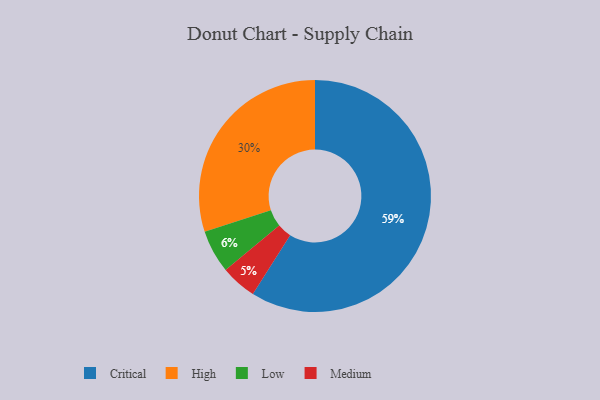
{"axis": {"x": "Category", "y": "Percentage"}, "legend": ["Critical", "High", "Low", "Medium"], "data": [{"x": "Medium", "y": 5, "type": "Medium"}, {"x": "Critical", "y": 59, "type": "Critical"}, {"x": "High", "y": 30, "type": "High"}, {"x": "Low", "y": 6, "type": "Low"}]}